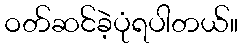
ဝတ်ဆင်ခဲ့ပုံရပါတယ်။